Vaccination North-Western Provinces 1866-1877 - 1866-1877
Year: 1866
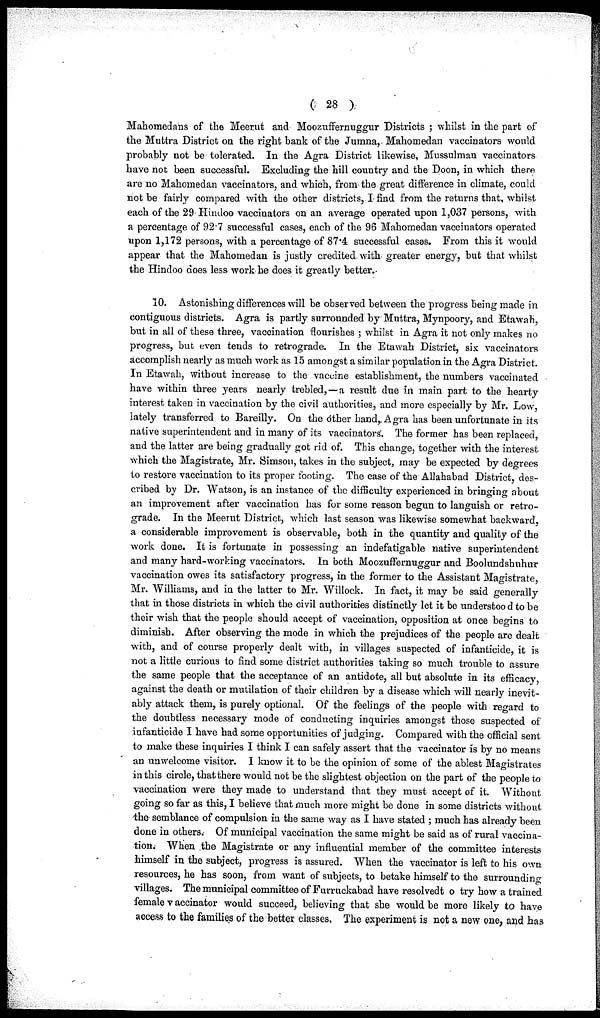
( 28 )
Mahomedans of the Meerut and Moozuffernuggur Districts ; whilst in the part of
the Muttra District on the right bank of the Jumna, Mahomedan vaccinators would
probably not be tolerated. In the Agra District likewise, Mussulman vaccinators
have not been successful. Excluding the hill country and the Doon, in which there
are no Mahomedan vaccinators, and which, from the great difference in climate, could
not be fairly compared with the other districts, I find from the returns that, whilst
each of the 29-Hindoo vaccinators on an average operated upon 1,037 persons, with
a percentage of 92.7 successful cases, each of the 96 Mahomedan vaccinators operated
upon 1,172 persons, with a percentage of 87.4 successful cases. From this it would
appear that the Mahomedan is justly credited with greater energy, but that whilst
the Hindoo does less work he does it greatly better.
10. Astonishing differences will be observed between the progress being made in
contiguous districts. Agra is partly surrounded by Muttra, Mynpoory, and Etawah,
but in all of these three, vaccination flourishes ; whilst in Agra it not only makes no
progress, but even tends to retrograde. In the Etawah District, six vaccinators
accomplish nearly as much work as 15 amongst a similar population in the Agra District.
In Etawah, without increase to the vaccine establishment, the numbers vaccinated
have within three years nearly trebled,—a result due in main part to the hearty
interest taken in vaccination by the civil authorities, and more especially by Mr. Low,
lately transferred to Bareilly. On the other hand,. Agra has been unfortunate in its
native superintendent and in many of its vaccinators'. The former has been replaced,
and the latter are being gradually got rid of. This change, together with the interest
which the Magistrate, Mr. Simson, takes in the subject, may be expected by degrees
to restore vaccination to its proper footing. The case of the Allahabad District, des-
cribed by Dr. Watson, is an instance of the difficulty experienced in bringing about
an improvement after vaccination has for some reason begun to languish or retro-
grade. In the Meerut District, which last season was likewise somewhat backward,
a considerable improvement is observable, both in the quantity and quality of the
work done. It is fortunate in possessing an indefatigable native superintendent
and many hard-working vaccinators. In both Moozuffernuggur and Boolundshuhur
vaccination owes its satisfactory progress, in the former to the Assistant Magistrate,
Mr. Williams, and in the latter to Mr. Willock. In fact, it may be said generally
that in those districts in which the civil authorities distinctly let it be understood to be
their wish that the people should accept of vaccination, opposition at once begins to
diminish. After observing the mode in which the prejudices of the people are dealt
with, and of course properly dealt with, in villages suspected of infanticide, it is
not a little curious to find some district authorities taking so much trouble to assure
the same people that the acceptance of an antidote, all but absolute in its efficacy,
against the death or mutilation of their children by a disease which will nearly inevit-
ably attack them, is purely optional. Of the feelings of the people with regard to
the doubtless necessary mode of conducting inquiries amongst those suspected of
infanticide I have had some opportunities of judging. Compared with the official sent
to make these inquiries I think I can safely assert that the vaccinator is by no means
an unwelcome visitor. I know it to be the opinion of some of the ablest Magistrates
in this circle, that there would not be the slightest objection on the part of the people to
vaccination were they made to understand that they must accept of it. Without
going so far as this, I believe that much more might be done in some districts without
the semblance of compulsion in the same way as I have stated ; much has already been
done in others. Of municipal vaccination the same might be said as of rural vaccina-
tion. When the Magistrate or any influential member of the committee interests
himself in the subject, progress is assured. When the vaccinator is left to his own
resources, he has soon, from want of subjects, to betake himself to the surrounding
villages. The municipal committee of Furruckabad have resolvedt o try how a trained
female vaccinator would succeed, believing that she would be more likely to have
access to the families of the better classes. The experiment is not a new one, and has